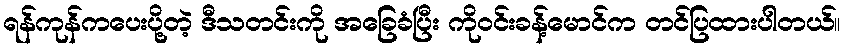
ရန်ကုန်ကပေးပို့တဲ့ ဒီသတင်းကို အခြေခံပြီး ကိုဝင်းခန့်မောင်က တင်ပြထားပါတယ်။